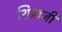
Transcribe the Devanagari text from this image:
शिप्राजी